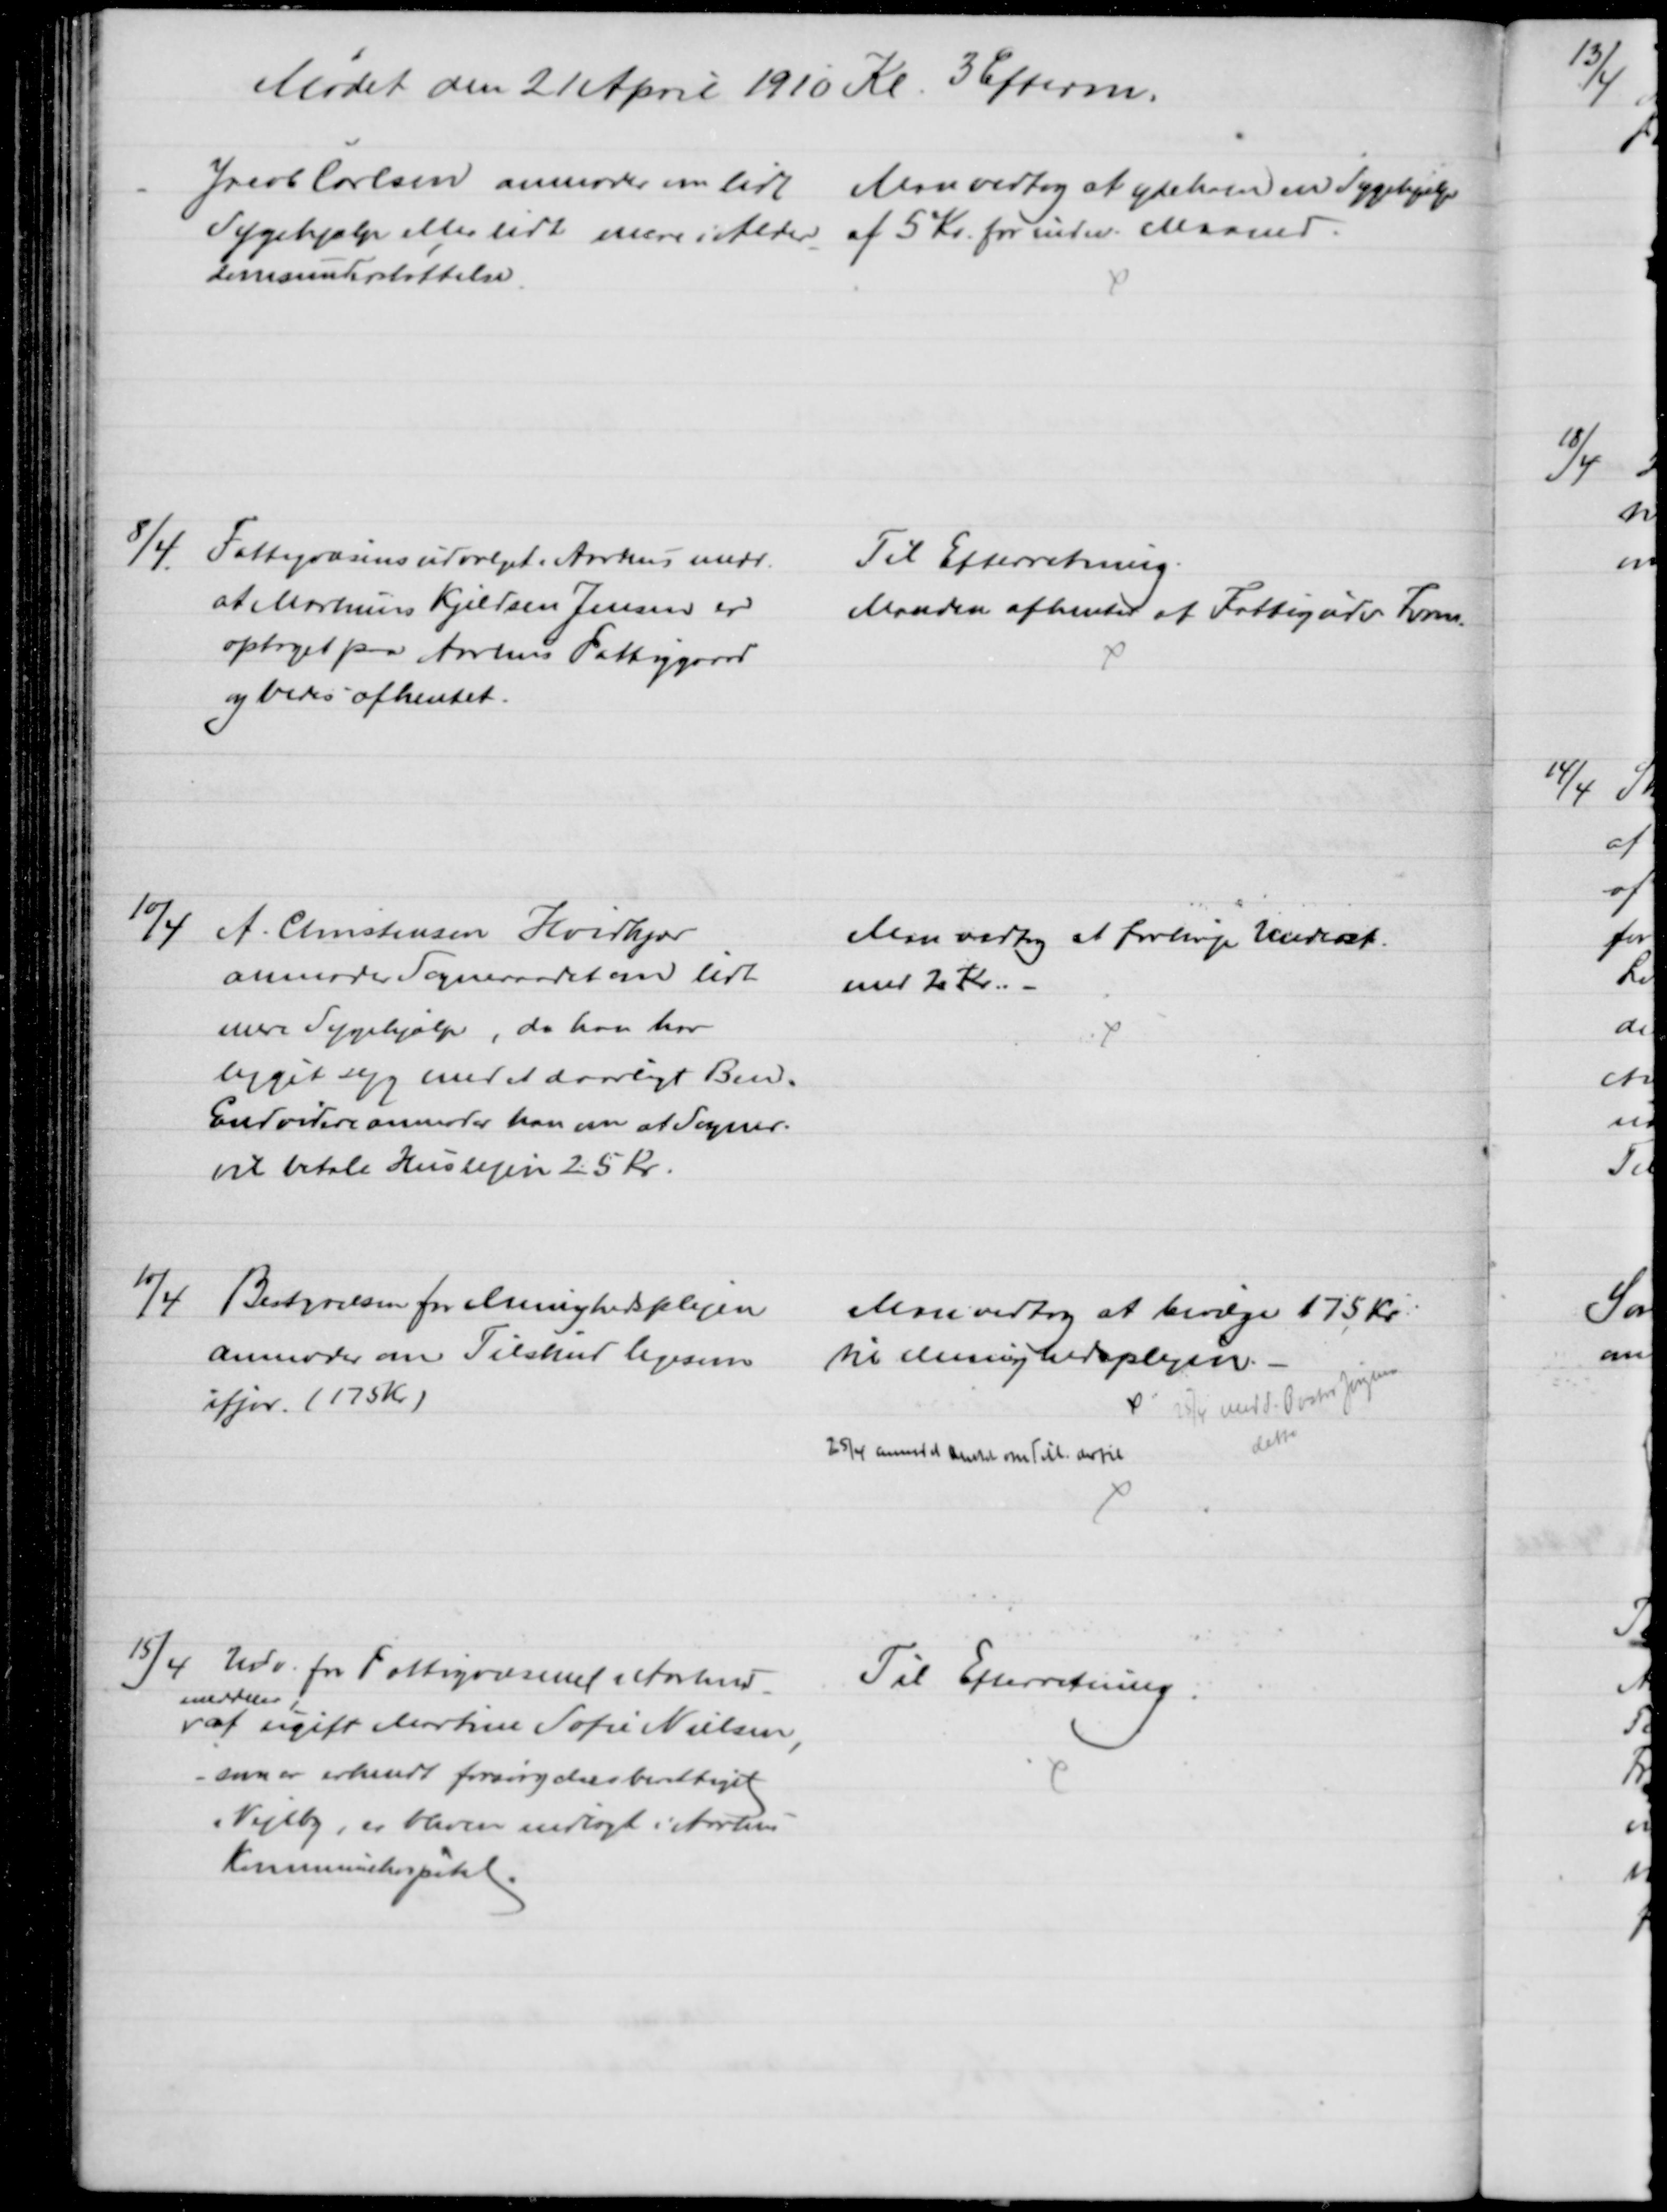
Transskription:
Mødet den 21 April 1910 Kl. 3 Efterm.
Jacob Carlsen anmoder om lidt 
Sygehjælp eller lidt mere i Alder 
-
domsunderstøttelse.
Man vedtog at yde ham en Sygehjælp
af 5 Kr. for indev. Maaned.
8/4
Fattigvæsensudvalget i Aarhus medd.
at Martinus Kjeldsen Jensen er
optaget paa Aarhus Fattiggaard
og bedes afhentet.
Til Efterretning.
Manden afhentes af Fattigudv Form.
10/4
A. Christensen Hvidkjær
anmoder Sogneraadet om lidt
mere Sygehjælp, da han har
ligget syg med et daarligt Ben.
Endvidere anmoder han om at Sogner.
vil betale Huslejen 25 kr.
Man vedtog at forhøje Underst.
med 2 Kr.
10/4
Bestyrelsen for Menighedsplejen
anmoder om Tilskud ligesom
ifjor. (175 Kr.)
Man vedtog at bevilge 175 Kr
til Menighedsplejen.
25/4 medd. Pastor Jørgensen
dette
25/4 anmodet Amtet om Till. dertil
15/4 Udv. for Fattigvæsenet i Aarhus
meddeler
at ugift Martine Sofie Nielsen,
som er erkendt forsørgelsesberettiget
i Vejlby, er bleven indlagt i Aarhus
Kommunehospital.
Til Efterretning.